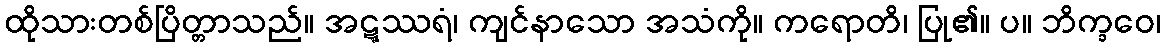
ထိုသားတစ်ပြိတ္တာသည်။ အဋ္ဋဿရံ၊ ကျင်နာသော အသံကို။ ကရောတိ၊ ပြု၏။ ပ။ ဘိက္ခဝေ၊